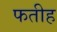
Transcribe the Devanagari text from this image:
फतीह